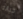
خيانه